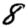
Digit: 8